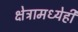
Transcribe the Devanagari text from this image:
क्षेत्रामध्येही